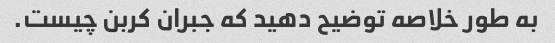
به طور خلاصه توضیح دهید که جبران کربن چیست.